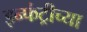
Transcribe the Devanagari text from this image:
इन्फंट्रीच्या